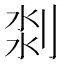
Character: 𠝃